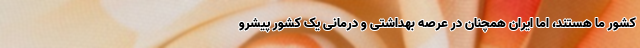
کشور ما هستند، اما ایران همچنان در عرصه بهداشتی و درمانی یک کشور پیشرو